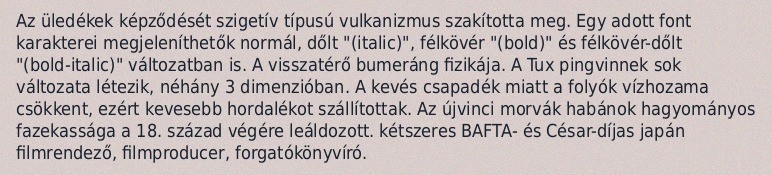
Az üledékek képződését szigetív típusú vulkanizmus szakította meg. Egy adott font karakterei megjeleníthetők normál, dőlt "(italic)", félkövér "(bold)" és félkövér-dőlt "(bold-italic)" változatban is. A visszatérő bumeráng fizikája. A Tux pingvinnek sok változata létezik, néhány 3 dimenzióban. A kevés csapadék miatt a folyók vízhozama csökkent, ezért kevesebb hordalékot szállítottak. Az újvinci morvák habánok hagyományos fazekassága a 18. század végére leáldozott. kétszeres BAFTA- és César-díjas japán filmrendező, filmproducer, forgatókönyvíró.